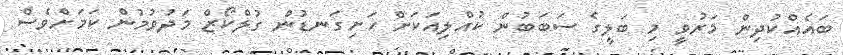
ބައެއްކުދިން މަރުވީ މި ބަލީގެ ސަބަބުން ކުއްލިއަކަށް ހަށިގަނޑުން ގުލްކޯޒް މަދުވުމުން ކަމަށްވެސް